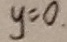
y = 0 .